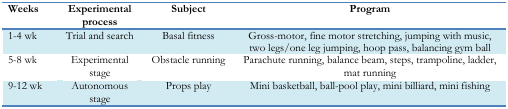
| Weeks | Experimental process | Subject | Program |
 | --- | --- | --- | --- |
 | 1–4 wk | Trial and search | Basal fitness | Gross-motor, fine motor stretching, jumping with music, two legs/one leg jumping, hoop pass, balancing gym ball |
 | 5–8 wk | Experimental stage | Obstacle running | Parachute running, balance beam, steps, trampoline, ladder, mat running |
 | 9–12 wk | Autonomous stage | Props play | Mini basketball, ball-pool play, mini billiard, mini fishing |